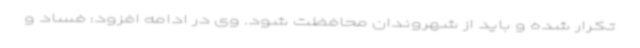
تکرار شده و باید از شهروندان محافظت شود. وی در ادامه افزود: فساد و